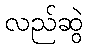
လည်ဆွဲ